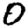
Digit: 0